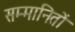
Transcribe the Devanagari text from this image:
सम्मानितों